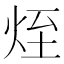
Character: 𤈜